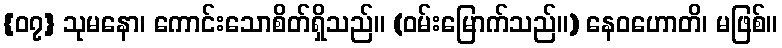
{၀၇} သုမနော၊ ကောင်းသောစိတ်ရှိသည်။ (ဝမ်းမြောက်သည်။) နေဝဟောတိ၊ မဖြစ်။